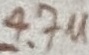
Text: 4.7u